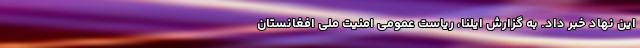
این نهاد خبر داد. به گزارش ایلنا، ریاست عمومی امنیت ملی افغانستان